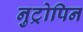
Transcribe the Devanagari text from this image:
नुट्रोपिन